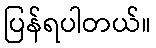
ပြန်ရပါတယ်။